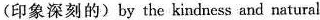
(印象深刻的)by the kindness and natursl